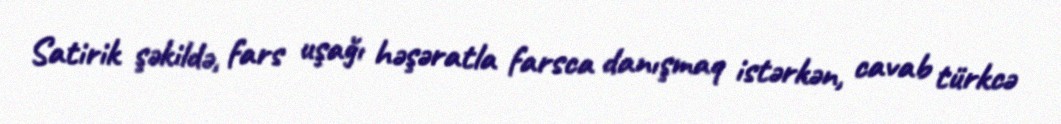
Satirik şəkildə, fars uşağı həşəratla farsca danışmaq istərkən, cavab türkcə